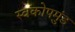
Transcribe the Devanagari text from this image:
स्वकोपमुंड